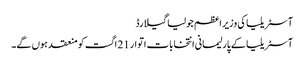
آسٹریلیا کی وزیر اعظم جولیا گیلارڈ
آسٹریلیا کے پارلیمانی انتخابات اتوار 21 اگست کو منعقد ہوں گے۔